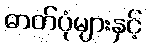
ဓာတ်ပုံများနှင့်